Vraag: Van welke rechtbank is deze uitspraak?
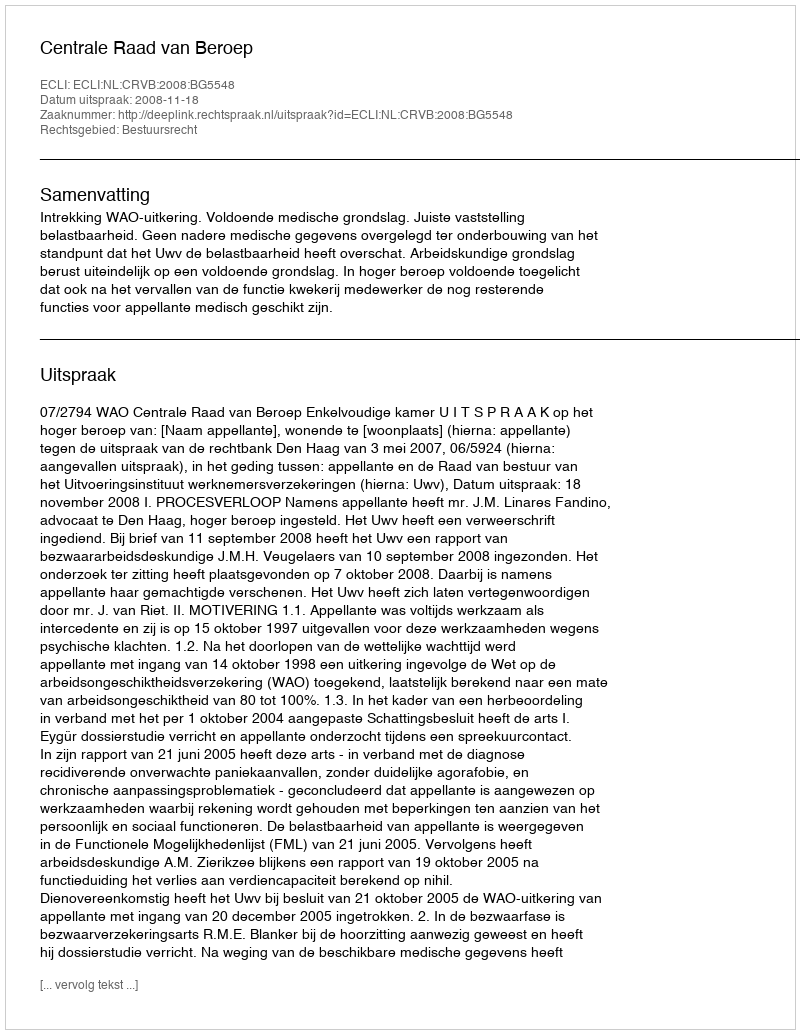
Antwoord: Centrale Raad van Beroep